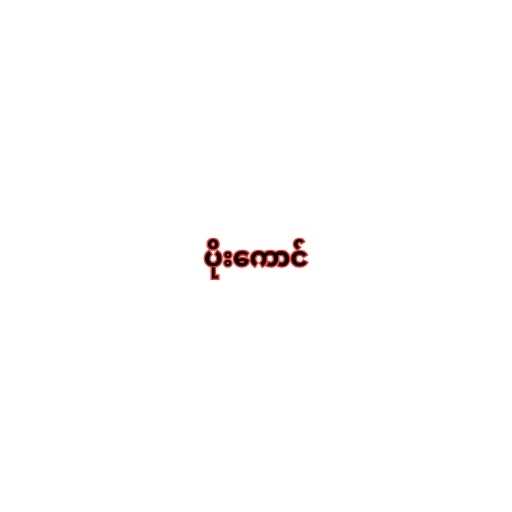
ပိုးကောင်